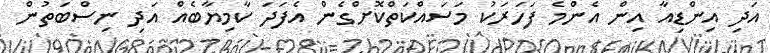
އަދި އިންޑިއާ އިން އެންމެ ފަހަރަކު މަސައްކަތްކޮށްގެން އެފަދަ ކާމިޔާބެއް އަދި ނިސްބަތުން